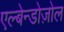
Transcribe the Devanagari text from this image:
एल्बेन्डोज़ोल